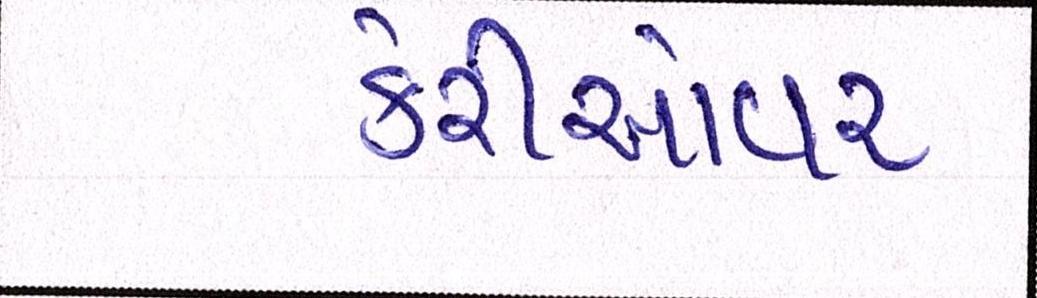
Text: કેરીઓવર